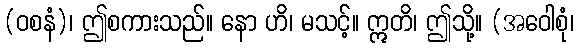
(ဝစနံ)၊ ဤစကားသည်။ နော ဟိ၊ မသင့်။ ဣတိ၊ ဤသို့။ (အဝေါစုံ၊